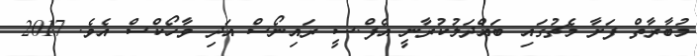
މުބާރާތް ފަށާ މެޗުގައި ބައްދަލުކުރާނީ އެފް.ސީ ރައިނޯސް އަދި ވާހޯކްސް އެވެ. 2017